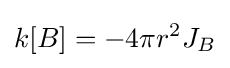
k[B]=-4\pi r^{2}J_{B}